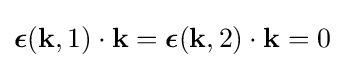
{\boldsymbol {\epsilon }}(\mathbf {k} ,1)\cdot \mathbf {k} ={\boldsymbol {\epsilon }}(\mathbf {k} ,2)\cdot \mathbf {k} =0